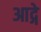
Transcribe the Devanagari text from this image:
आद्गे